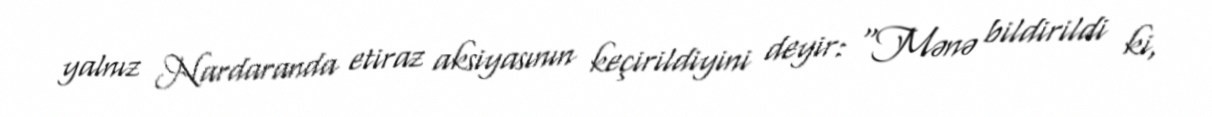
yalnız Nardaranda etiraz aksiyasının keçirildiyini deyir: “Mənə bildirildi ki,